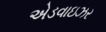
એડવાઇઝર